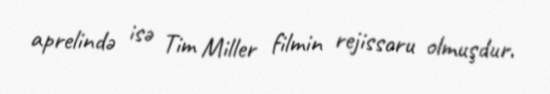
aprelində isə Tim Miller filmin rejissoru olmuşdur.